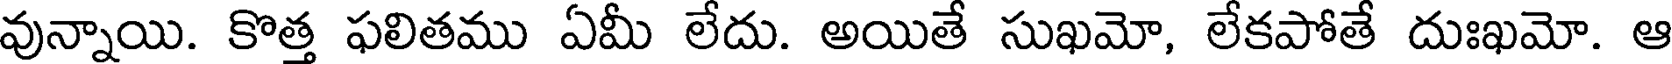
వున్నాయి. కొత్త ఫలితము ఏమీ లేదు. అయితే సుఖమో, లేకపోతే దుఃఖమో. ఆ